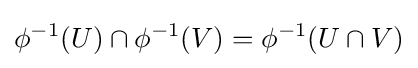
\phi ^{-1}(U)\cap \phi ^{-1}(V)=\phi ^{-1}(U\cap V)